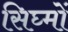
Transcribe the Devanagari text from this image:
सिघ्मों